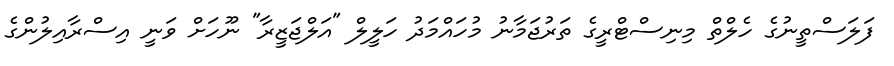
ފަލަސްތީނުގެ ހެލްތް މިނިސްޓްރީގެ ތަރުޖަމާނު މުހައްމަދު ހަލީލް "އަލްޖަޒީރާ" ނޫހަށް ވަނީ އިސްރާއިލުންގެ